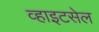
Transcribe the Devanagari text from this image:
व्हाइटसेल